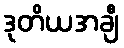
ဒုတိယအချီ